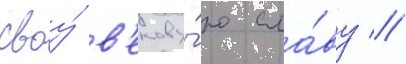
своу́ в'екову́ю сла́ву //